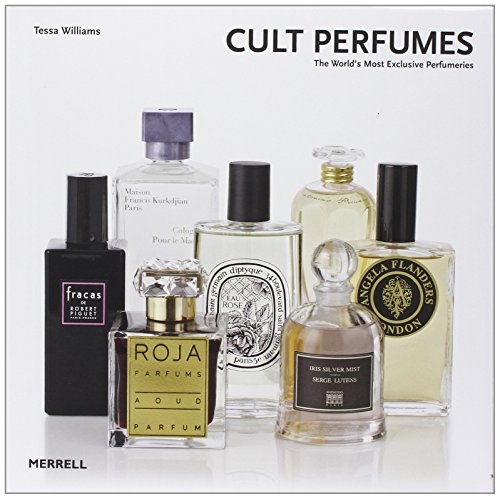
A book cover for Cult Perfumes: The World's Most Exclusive Perfumeries; Tessa Williams; Crafts, Hobbies & Home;